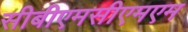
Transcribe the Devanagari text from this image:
सीबीएमसीएमएम